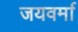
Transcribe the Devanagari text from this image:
जयवर्मा